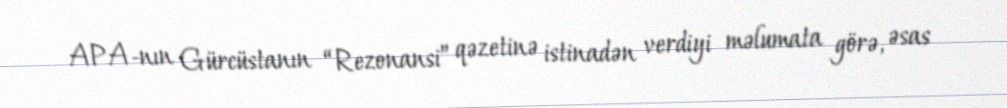
APA-nın Gürcüstanın “Rezonansi” qəzetinə istinadən verdiyi məlumata görə, əsas